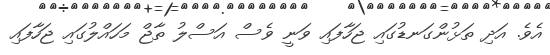
އެވެ. އަދި ތަޅުންގަނޑުގައި ޖަހާފައި ވަނީ ވެސް އަސްލު ތާޖް މަހައްލުގައި ޖަހާފައި